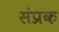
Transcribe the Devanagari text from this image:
संप्रक